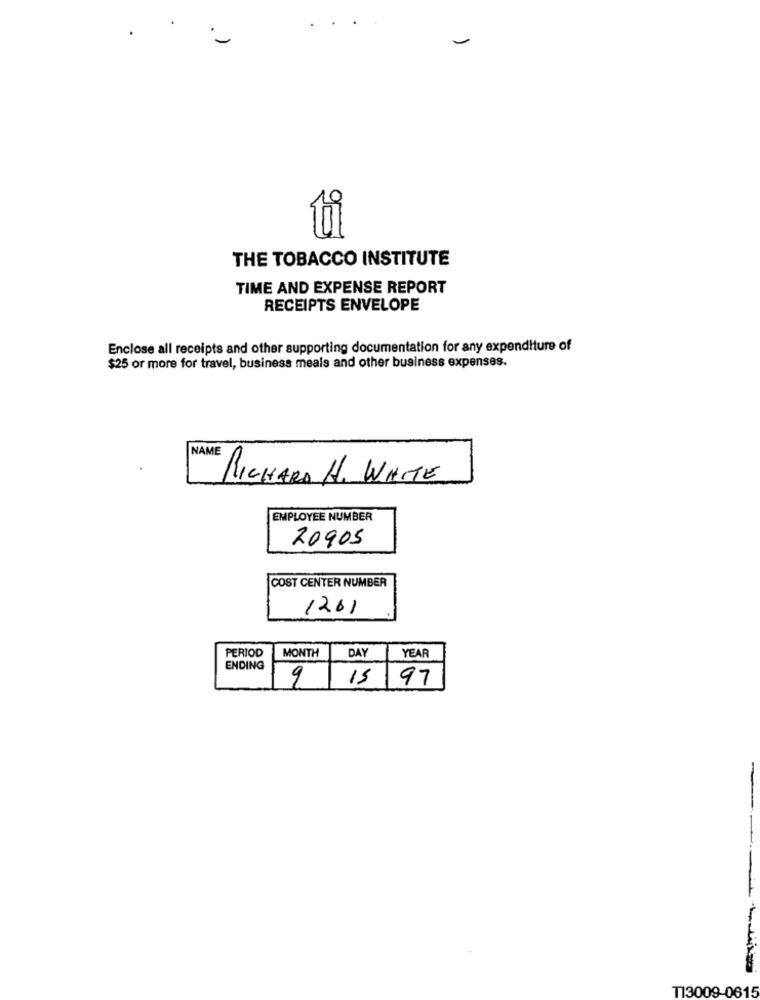
THE TOBACCO INSTITUTE
TIME AND EXPENSE REPORT
RECEIPTS ENVELOPE
Enclose all receipts and other supporting documentation for any expenditure of
$25 or more for travel, business meals and other business expenses.
NAME
RICHARD H. WHITE
EMPLOYEE NUMBER
20905
COST CENTER NUMBER
1201
PERIOD
MONTH
DAY
YEAR
ENDING
9
15 97
T13009-0615